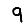
Digit: 9